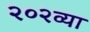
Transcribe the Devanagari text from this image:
२०२व्या